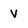
Character: v